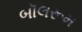
બૉલરૂમ